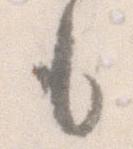
も